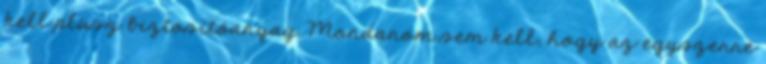
kell plusz biztosítóanyag. Mondanom sem kell, hogy az egyszerre